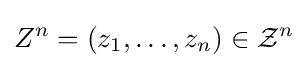
Z^{n}=\left(z_{1},\ldots ,z_{n}\right)\in {\mathcal {Z}}^{n}